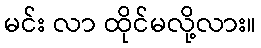
မင်း လာ ထိုင်မလို့လား။